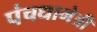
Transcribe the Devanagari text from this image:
पंचधामेत्री